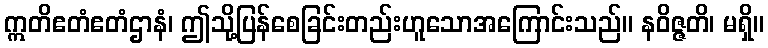
ဣတိဧတံဧတံဌာနံ၊ ဤသို့ပြန်စေခြင်းတည်းဟူသောအကြောင်းသည်။ နဝိဇ္ဇတိ၊ မရှိ။